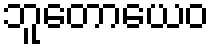
ဘူတောယေဝ